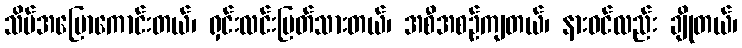
သိပ်အပြောကောင်းတယ်၊ ရှင်းလင်းပြတ်သားတယ်၊ အစီအစဉ်ကျတယ်၊ နားဝင်လည်း ချိုတယ်၊